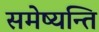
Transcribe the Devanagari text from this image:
समेष्यन्ति